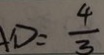
D = \frac { 4 } { 3 }